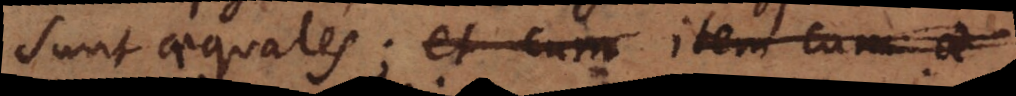
sunt aequales; et cum item cum a